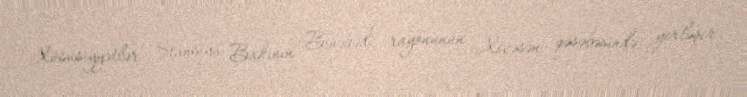
Xüsusiyyətlər Stansiya Bakının Binəqədi rayonunun Xocəsən qəsəbəsində yerləşir